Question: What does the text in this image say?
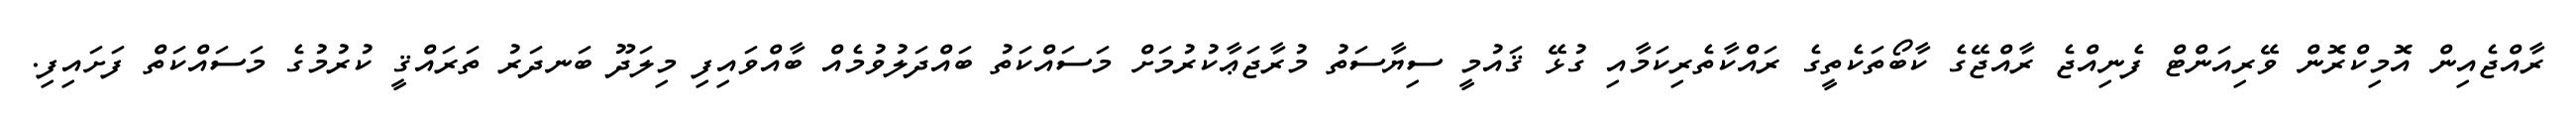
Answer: ރާއްޖެއިން އޮމިކްރޮން ވޭރިއަންޓް ފެނިއްޖެ ރާއްޖޭގެ ކާބޯތަކެތީގެ ރައްކާތެރިކަމާއި ގުޅޭ ޤައުމީ ސިޔާސަތު މުރާޖަޢާކުރުމަށް މަސައްކަތު ބައްދަލުވުމެއް ބާއްވައިފި މިލަދޫ ބަނދަރު ތަރައްޤީ ކުރުމުގެ މަސައްކަތް ފަށައިފި.